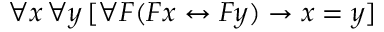
\forall x \, \forall y \, [ \forall F ( F x \leftrightarrow F y ) \rightarrow x = y ]